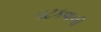
પટકવાની